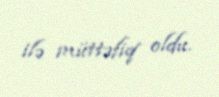
ilə müttəfiq oldu.